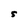
Character: S